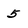
Character: 5